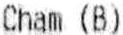
CHAM (B)